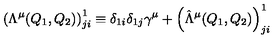
\left( \Lambda ^ { \mu } ( Q _ { 1 } , Q _ { 2 } ) \right) _ { j i } ^ { 1 } \equiv \delta _ { 1 i } \delta _ { 1 j } \gamma ^ { \mu } + \left( \hat { \Lambda } ^ { \mu } ( Q _ { 1 } , Q _ { 2 } ) \right) _ { j i } ^ { 1 }